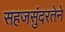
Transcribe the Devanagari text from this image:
सहजसुंदरतेने